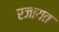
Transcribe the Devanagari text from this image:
रजायत